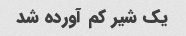
یک شیر کم آورده شد